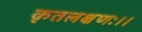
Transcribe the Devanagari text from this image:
कृतलक्षणः।।